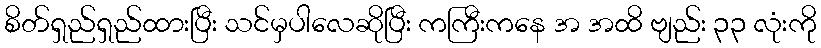
စိတ်ရှည်ရှည်ထားပြီး သင်မှပါလေဆိုပြီး ကကြီးကနေ အ အထိ ဗျည်း ၃၃ လုံးကို